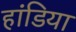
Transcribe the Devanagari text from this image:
हांडिया